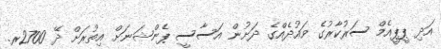
އަދި ޕީޕީއެމް ސަރުކާރުގެ ވައުދެއްގެ ދަށުން އަސާސީ ޕެންޝަނަށް އިތުރަށް ދޭ 2700ރ.